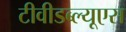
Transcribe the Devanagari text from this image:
टीवीडब्ल्यूएस